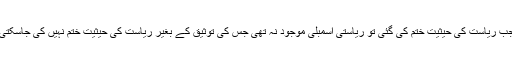
جب ریاست کی حیثیت ختم کی گئی تو ریاستی اسمبلی موجود نہ تھی جس کی توثیق کے بغیر ریاست کی حیثیت ختم نہیں کی جاسکتی۔